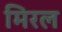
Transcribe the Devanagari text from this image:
मिरल